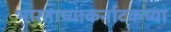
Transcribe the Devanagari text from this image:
भारताच्याकर्नाटकच्या